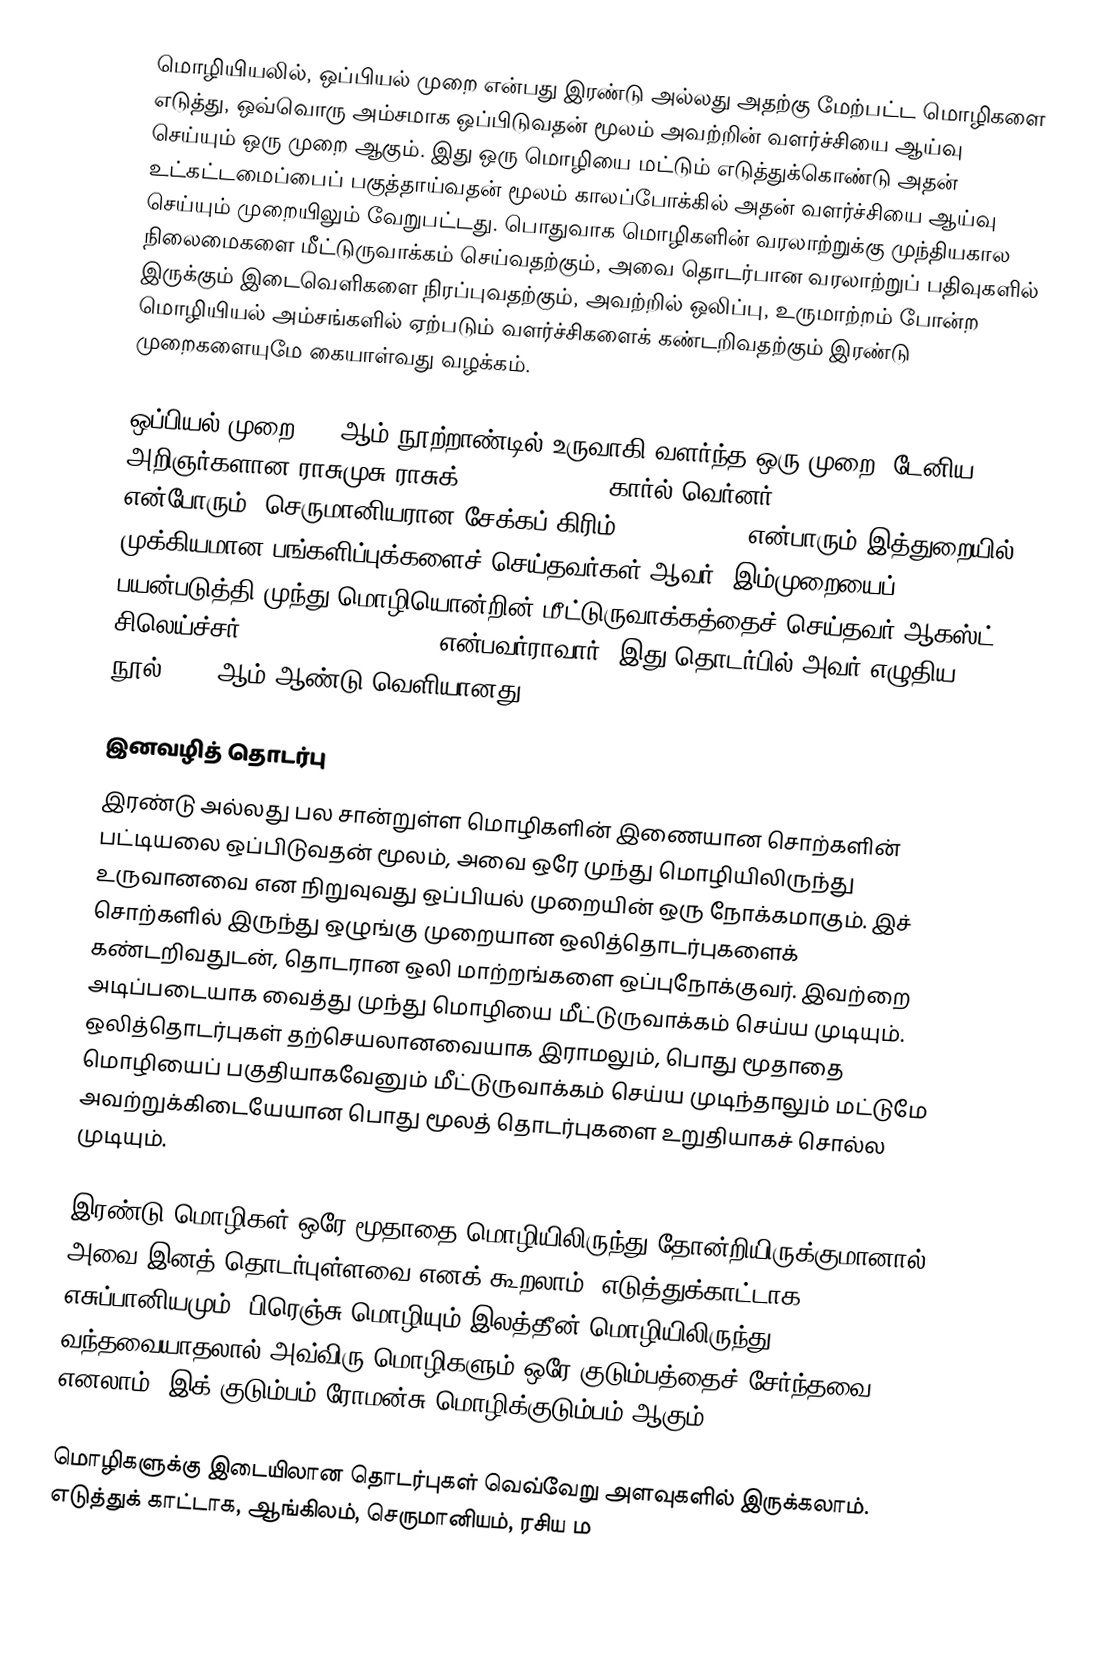
மொழியியலில், ஒப்பியல் முறை என்பது இரண்டு அல்லது அதற்கு மேற்பட்ட மொழிகளை எடுத்து, ஒவ்வொரு அம்சமாக ஒப்பிடுவதன் மூலம் அவற்றின் வளர்ச்சியை ஆய்வு செய்யும் ஒரு முறை ஆகும். இது ஒரு மொழியை மட்டும் எடுத்துக்கொண்டு அதன் உட்கட்டமைப்பைப் பகுத்தாய்வதன் மூலம் காலப்போக்கில் அதன் வளர்ச்சியை ஆய்வு செய்யும் முறையிலும் வேறுபட்டது.  பொதுவாக மொழிகளின் வரலாற்றுக்கு முந்தியகால நிலைமைகளை மீட்டுருவாக்கம் செய்வதற்கும், அவை தொடர்பான வரலாற்றுப் பதிவுகளில் இருக்கும் இடைவெளிகளை நிரப்புவதற்கும், அவற்றில் ஒலிப்பு, உருமாற்றம் போன்ற மொழியியல் அம்சங்களில் ஏற்படும் வளர்ச்சிகளைக் கண்டறிவதற்கும் இரண்டு முறைகளையுமே கையாள்வது வழக்கம்.

ஒப்பியல் முறை, 19 ஆம் நூற்றாண்டில் உருவாகி வளர்ந்த ஒரு முறை. டேனிய அறிஞர்களான ராசுமுசு ராசுக் (Rasmus Rask), கார்ல் வெர்னர் (Karl Verner) என்போரும், செருமானியரான சேக்கப் கிரிம் (Jacob Grimm)என்பாரும் இத்துறையில் முக்கியமான பங்களிப்புக்களைச் செய்தவர்கள் ஆவர். இம்முறையைப் பயன்படுத்தி முந்து மொழியொன்றின் மீட்டுருவாக்கத்தைச் செய்தவர் ஆகஸ்ட் சிலெய்ச்சர் (August Schleicher) என்பவர்ராவார். இது தொடர்பில் அவர் எழுதிய நூல் 1861 ஆம் ஆண்டு வெளியானது.

இனவழித் தொடர்பு
இரண்டு அல்லது பல சான்றுள்ள மொழிகளின் இணையான சொற்களின் பட்டியலை ஒப்பிடுவதன் மூலம், அவை ஒரே முந்து மொழியிலிருந்து உருவானவை என நிறுவுவது ஒப்பியல் முறையின் ஒரு நோக்கமாகும். இச் சொற்களில் இருந்து ஒழுங்கு முறையான ஒலித்தொடர்புகளைக் கண்டறிவதுடன், தொடரான ஒலி மாற்றங்களை ஒப்புநோக்குவர். இவற்றை அடிப்படையாக வைத்து முந்து மொழியை மீட்டுருவாக்கம் செய்ய முடியும். ஒலித்தொடர்புகள் தற்செயலானவையாக இராமலும், பொது மூதாதை மொழியைப் பகுதியாகவேனும் மீட்டுருவாக்கம் செய்ய முடிந்தாலும் மட்டுமே அவற்றுக்கிடையேயான பொது மூலத் தொடர்புகளை உறுதியாகச் சொல்ல முடியும்.

இரண்டு மொழிகள் ஒரே மூதாதை மொழியிலிருந்து தோன்றியிருக்குமானால் அவை இனத் தொடர்புள்ளவை எனக் கூறலாம். எடுத்துக்காட்டாக, எசுப்பானியமும், பிரெஞ்சு மொழியும் இலத்தீன் மொழியிலிருந்து வந்தவையாதலால் அவ்விரு மொழிகளும் ஒரே குடும்பத்தைச் சேர்ந்தவை எனலாம். இக் குடும்பம் ரோமன்சு மொழிக்குடும்பம் ஆகும்.

மொழிகளுக்கு இடையிலான தொடர்புகள் வெவ்வேறு அளவுகளில் இருக்கலாம். எடுத்துக் காட்டாக, ஆங்கிலம், செருமானியம், ரசிய ம